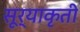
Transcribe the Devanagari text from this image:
सूर्याकृती